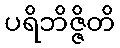
ပရိဘိဇ္ဇိတိ